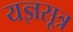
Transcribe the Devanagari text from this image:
यज्ञसूत्र